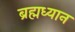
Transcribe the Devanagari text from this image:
ब्रह्मध्यान